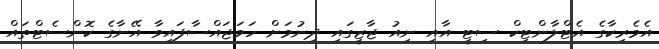
އެމެރިކާގެ އެޓްލާންޓިކް ސިޓީ އާއި ނިއު ޖާޒީގައި ދިނުމަށް ހަމަޖައްސާފައިވާ އޭނާގެ ކޮންސެޓްތައް